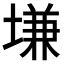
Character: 𡏊